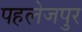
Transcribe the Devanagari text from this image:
पहलेजपुर